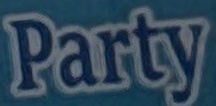
Party